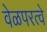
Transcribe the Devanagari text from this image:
वेळपरत्वे